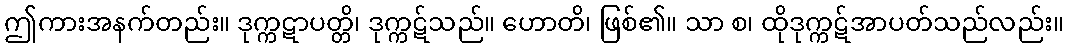
ဤကားအနက်တည်း။ ဒုက္ကဋာပတ္တိ၊ ဒုက္ကဋ်သည်။ ဟောတိ၊ ဖြစ်၏။ သာ စ၊ ထိုဒုက္ကဋ်အာပတ်သည်လည်း။